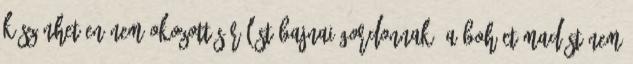
köszönhetően nem okozott sérülést Bajnai Gordonnak. A bohóctámadást nem